Report on vaccination in the Province of Bengal - 1869-1873
Year: 1869
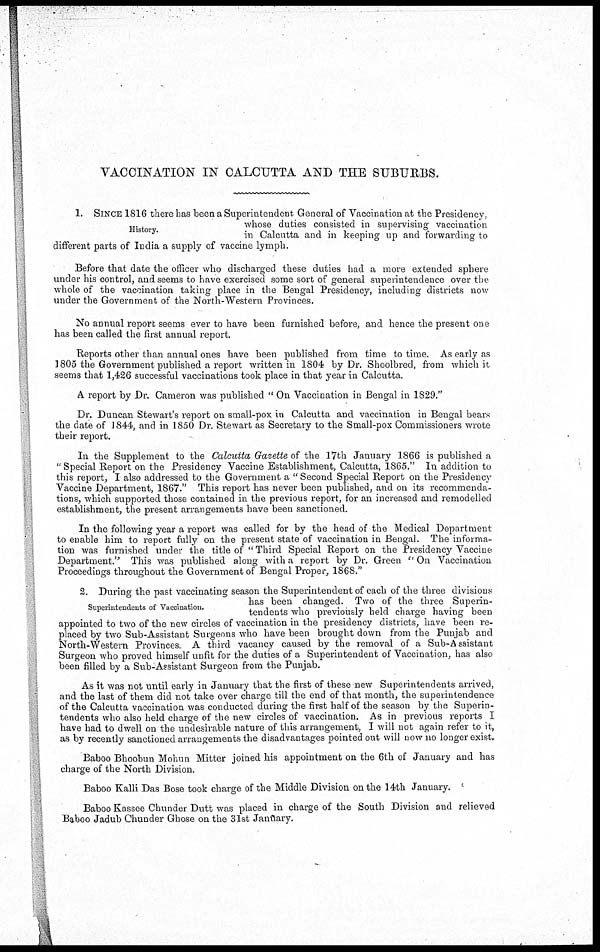
VACCINATION IN CALCUTTA AND THE SUBURBS.
History.
1. SINCE 1816 there has been a Superintendent General of Vaccination at the Presidency,
whose duties consisted in supervising vaccination
in Calcutta and in keeping up and forwarding to
different parts of India a supply of vaccine lymph.
Before that date the officer who discharged these duties had a more extended sphere
under his control, and seems to have exercised some sort of general superintendence over the
whole of the vaccination taking place in the Bengal Presidency, including districts now
under the Government of the North-Western Provinces.
No annual report seems ever to have been furnished before, and hence the present one
has been called the first annual report.
Reports other than annual ones have been published from time to time. As early as
1805 the Government published a report written in 1804 by Dr. Shoolbred, from which it
seems that 1,426 successful vaccinations took place in that year in Calcutta.
A report by Dr. Cameron was published " On Vaccination in Bengal in 1829."
Dr. Duncan Stewart's report on small-pox in Calcutta and vaccination in Bengal bears
the date of 1844, and in 1850 Dr. Stewart as Secretary to the Small-pox Commissioners wrote
their report.
In the Supplement to the Calcutta Gazette of the 17th January 1866 is published a
"Special Report on the Presidency Vaccine Establishment, Calcutta, 1865." In addition to
this report, I also addressed to the Government a " Second Special Report on the Presidency
Vaccine Department, 1867." This report has never been published, and on its recommenda-
tions, which supported those contained in the previous report, for an increased and remodelled
establishment, the present arrangements have been sanctioned.
In the following year a report was called for by the head of the Medical Department
to enable him to report fully on the present state of vaccination in Bengal. The informa-
tion was furnished under the title of " Third Special Report on the Presidency Vaccine
Department." This was published along with a report by Dr. Green " On Vaccination
Proceedings throughout the Government of Bengal Proper, 1868."
Superintendents of Vaccination.
2. During the past vaccinating season the Superintendent of each of the three divisions
has been changed. Two of the three Superin-
tendents who previously held charge having been
appointed to two of the new circles of vaccination in the presidency districts, have been re-
placed by two Sub-Assistant Surgeons who have been brought down from the Punjab and
North-Western Provinces. A third vacancy caused by the removal of a Sub-Assistant
Surgeon who proved himself unfit for the duties of a Superintendent of Vaccination, has also
been filled by a Sub-Assistant Surgeon from the Punjab.
As it was not until early in January that the first of these new Superintendents arrived,
and the last of them did not take over charge till the end of that month, the superintendence
of the Calcutta vaccination was conducted during the first half of the season by the Superin-
tendents who also held charge of the new circles of vaccination. As in previous reports I
have had to dwell on the undesirable nature of this arrangement, I will not again refer to it,
as by recently sanctioned arrangements the disadvantages pointed out will now no longer exist.
Baboo Bhoobun Mohun Mitter joined his appointment on the 6th of January and has
charge of the North Division.
Baboo Kalli Das Bose took charge of the Middle Division on the 14th January.
Baboo Kassee Chunder Dutt was placed in charge of the South Division and relieved
Baboo Jadub Chunder Ghose on the 31st January.